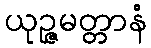
ယုဉ္ဇမတ္တာနံ